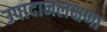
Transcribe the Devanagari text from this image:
उपादानलक्षणा